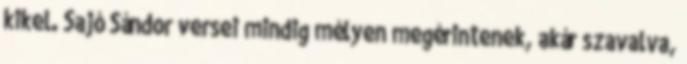
kikel. Sajó Sándor versei mindig mélyen megérintenek, akár szavalva,